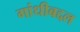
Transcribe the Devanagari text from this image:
गांधीबद्दल